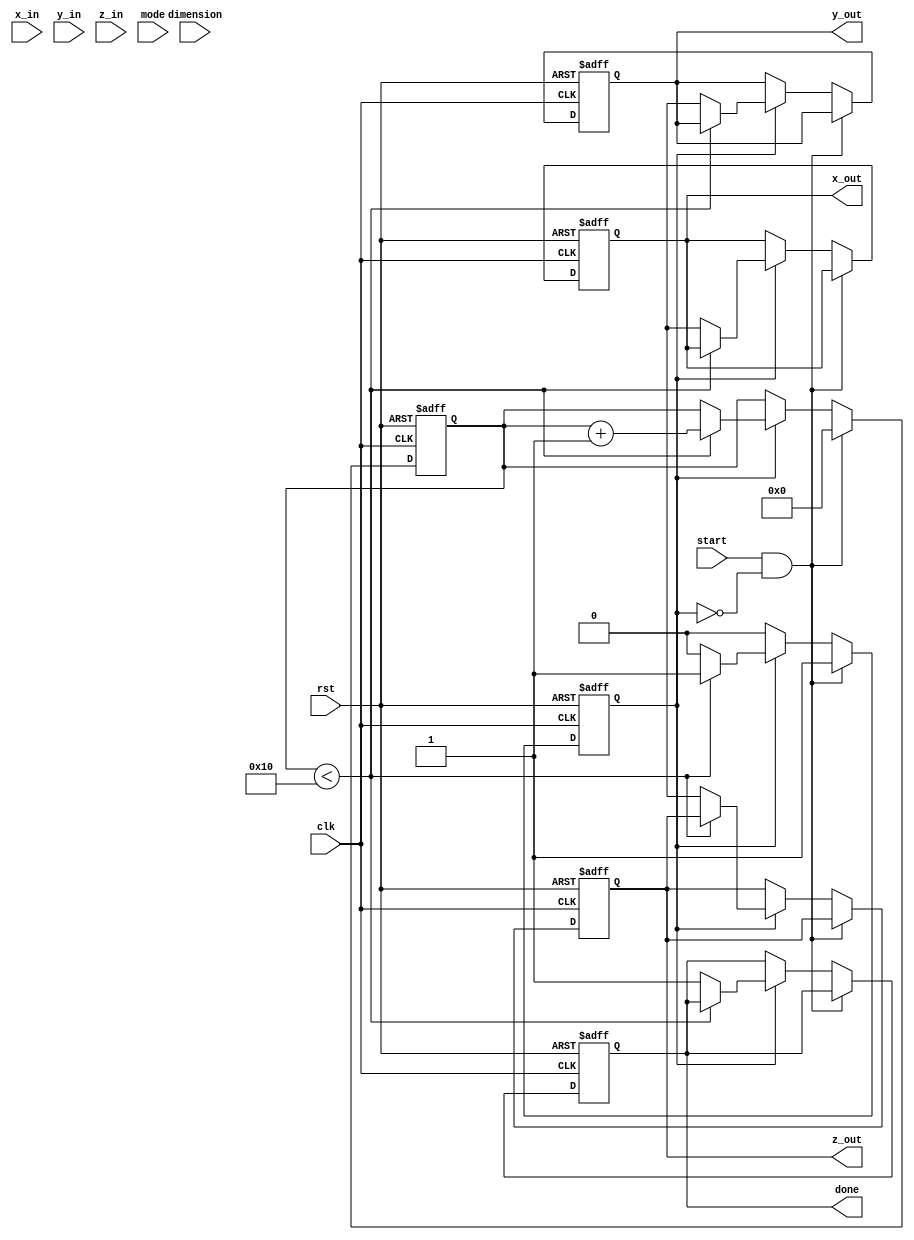
module cordic (
    input wire clk,
    input wire rst,
    input wire [31:0] x_in,            // X input
    input wire [31:0] y_in,            // Y input
    input wire [31:0] z_in,            // Z input (angle input)
    input wire [1:0] mode,             // Mode: 00 - Rotation, 01 - Vectoring
    input wire [1:0] dimension,         // Dimension: 00 - 2D, 01 - 3D, etc.
    input wire start,                   // Start signal
    output reg [31:0] x_out,           // X output
    output reg [31:0] y_out,           // Y output
    output reg [31:0] z_out,           // Z output
    output reg done                     // Done signal
);

    // CORDIC parameters
    parameter ITERATIONS = 16;          // Number of iterations
    reg [31:0] x[0:1];                  // Store inputs for 2D or 3D
    reg [31:0] y[0:1];
    reg [31:0] z[0:1];
    reg [31:0] angle_lut [0:ITERATIONS-1];  // Angle Lookup Table

    // Initialize angle lookup table (in radians)
    initial begin
        angle_lut[0] = 32'h00000000; // atan(1) = 0
        angle_lut[1] = 32'h3F490FDB; // atan(0.5) = 26.565 degrees
        angle_lut[2] = 32'h3F6A09E6; // atan(0.333) = 18.4349 degrees
        // Fill in remaining angles...
    end

    reg [4:0] iter;                   // Iteration counter
    reg [31:0] x_reg, y_reg, z_reg;   // Registers for computation
    reg operating;                    // Operating state
    
    always @(posedge clk or posedge rst) begin
        if (rst) begin
            x_out <= 0;
            y_out <= 0;
            z_out <= 0;
            done <= 0;
            iter <= 0;
            operating <= 0;
        end
        else if (start && !operating) begin
            operating <= 1;
            // Load input values
            x[0] <= x_in;
            y[0] <= y_in;
            z[0] <= z_in;
            iter <= 0;
        end
        else if (operating) begin
            if (iter < ITERATIONS) begin
                // CORDIC rotation or vectoring operation
                case(mode)
                    2'b00: begin // Rotation Mode
                        if (z_reg >= 0) begin
                            x_reg <= x[iter] - (y[iter] >>> iter);
                            y_reg <= y[iter] + (x[iter] >>> iter);
                            z_reg <= z[iter] - angle_lut[iter];
                        end else begin
                            x_reg <= x[iter] + (y[iter] >>> iter);
                            y_reg <= y[iter] - (x[iter] >>> iter);
                            z_reg <= z[iter] + angle_lut[iter];
                        end
                    end
                    2'b01: begin // Vectoring Mode
                        // Vectoring mode logic can be similar but different angle calculations
                    end
                endcase
                
                // Update coordinates for the next iteration
                x[iter + 1] <= x_reg;
                y[iter + 1] <= y_reg;
                z[iter + 1] <= z_reg;
                iter <= iter + 1;
            end else begin
                // Finish processing
                x_out <= x[ITERATIONS];
                y_out <= y[ITERATIONS];
                z_out <= z[ITERATIONS];
                done <= 1;
                operating <= 0; // Reset operations
            end
        end
    end
endmodule